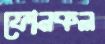
ফোনকল